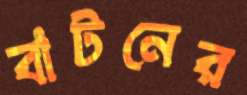
বাটনের